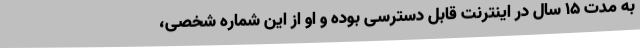
به مدت 15 سال در اینترنت قابل دسترسی بوده و او از این شماره شخصی،